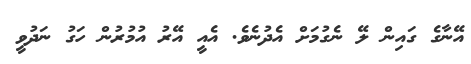
އޭނާގެ ގައިން ލޭ ނެގުމަށް އެދުނެވެ. އެއީ އޭރު އުމުރުން ހަގު ނަދުވީ